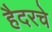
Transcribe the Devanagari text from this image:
हैदरचे